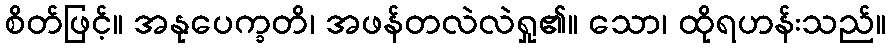
စိတ်ဖြင့်။ အနုပေက္ခတိ၊ အဖန်တလဲလဲရှု၏။ သော၊ ထိုရဟန်းသည်။